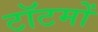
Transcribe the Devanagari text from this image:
टॉटमों